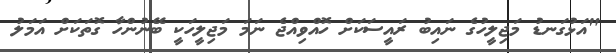
"އަޅުގަނޑު މަޖިލީހުގެ ނައިބު ރައީސަކަށް ހޮއްވިއްޖެ ނަމަ މަޖިލީހަކީ ބޭނުންހާ ގޮތަކަށް އަމަލު